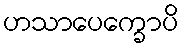
ဟသာပေက္ခောပိ